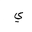
Letter: _ya